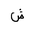
Letter: _shin